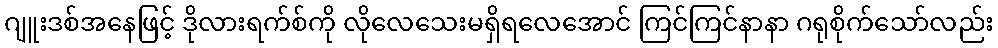
ဂျူးဒစ်အနေဖြင့် ဒိုလားရက်စ်ကို လိုလေသေးမရှိရလေအောင် ကြင်ကြင်နာနာ ဂရုစိုက်သော်လည်း